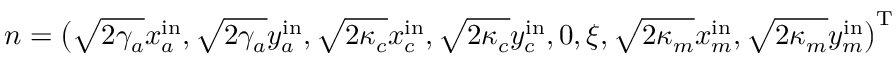
n = \big ( \sqrt { 2 \gamma _ { a } } x _ { a } ^ { \mathrm { i n } } , \sqrt { 2 \gamma _ { a } } y _ { a } ^ { \mathrm { i n } } , \sqrt { 2 \kappa _ { c } } x _ { c } ^ { \mathrm { i n } } , \sqrt { 2 \kappa _ { c } } y _ { c } ^ { \mathrm { i n } } , 0 , \xi , \sqrt { 2 \kappa _ { m } } x _ { m } ^ { \mathrm { i n } } , \sqrt { 2 \kappa _ { m } } y _ { m } ^ { \mathrm { i n } } \big ) ^ { \mathrm { T } }